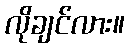
လိုချင်လား။